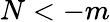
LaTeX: N<-m